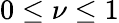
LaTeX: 0\leq\nu\leq 1